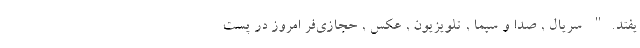
یفتد." سریال , صدا و سیما , تلویزیون , عکس , حجازی‌فر امروز در پستِ